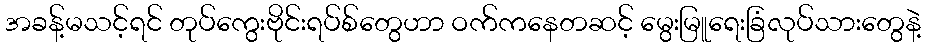
အခန့်မသင့်ရင် တုပ်ကွေးဗိုင်းရပ်စ်တွေဟာ ဝက်ကနေတဆင့် မွေးမြူရေးခြံလုပ်သားတွေနဲ့